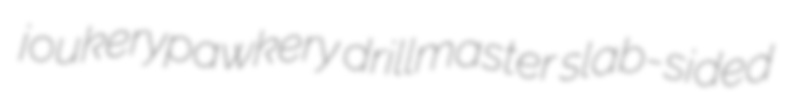
joukerypawkery drillmaster slab-sided